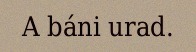
A báni urad.